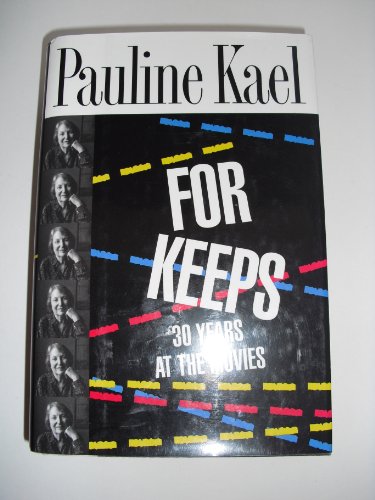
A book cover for For Keeps: 30 Years at the Movies; Pauline Kael; Humor & Entertainment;